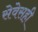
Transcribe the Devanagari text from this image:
सेवेसही